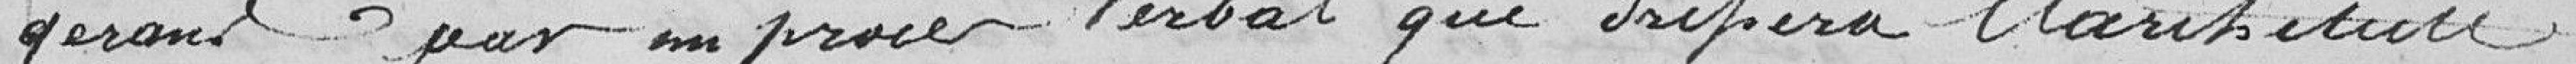
gérants par un procès-verbal que dressera l'architecte